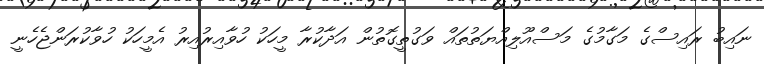
ނައިބު ރައިސްގެ މަގާމުގެ މަސްއޫލިއްޔަތުތައް ވަގުތީގޮތުން އަދާކުރާ މީހަކު ހުވާއިރުއިރު އެމީހަކު ހުވާކުރަންޖެހެނީ